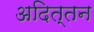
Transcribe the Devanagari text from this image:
अदित्तन